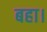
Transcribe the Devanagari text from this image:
बहा।